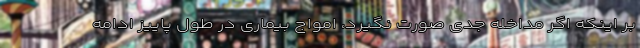
بر اینکه اگر مداخله‌ جدی صورت نگیرد، امواج بیماری در طول پاییز ادامه